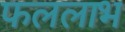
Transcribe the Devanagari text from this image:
फललाभ